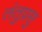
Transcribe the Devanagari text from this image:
तंतुप्रसु